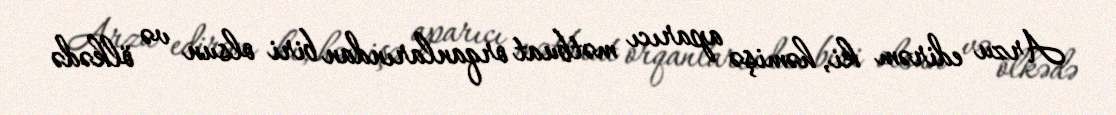
Arzu edirəm ki, həmişə aparıcı mətbuat orqanlarından biri olsun və ölkədə